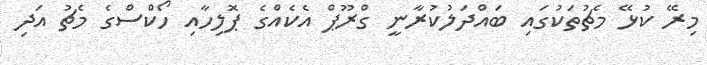
މިރޭ ކުޅޭ މެޗުތަކުގައި ބައްދަލުކުރާނީ ގްރޫޕް އެކެއްގެ ޕޮލިހާއި ހޯކްސްގެ މެޗު އަދި